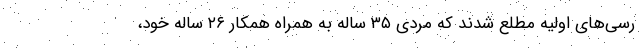
رسی‌های اولیه مطلع شدند که مردی ۳۵ ساله به همراه همکار ۲۶ ساله خود،